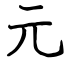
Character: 元